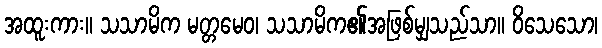
အထူးကား။ သသာမိက မတ္တမေဝ၊ သသာမိက၏အဖြစ်မျှသည်သာ။ ဝိသေသော၊